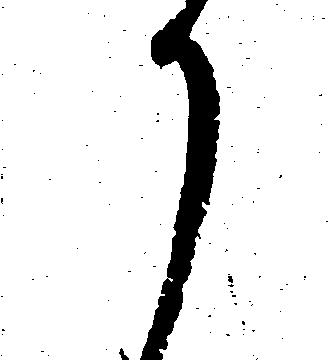
か